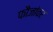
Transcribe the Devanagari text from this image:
फौजांवर